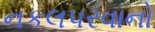
નકલપરવાનો